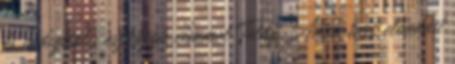
és a digitális eszközök címmel Toldy Anna tart előadást